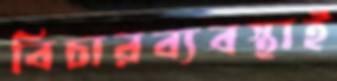
বিচারব্যবস্থাই